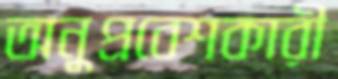
অনুপ্রবেশকারী